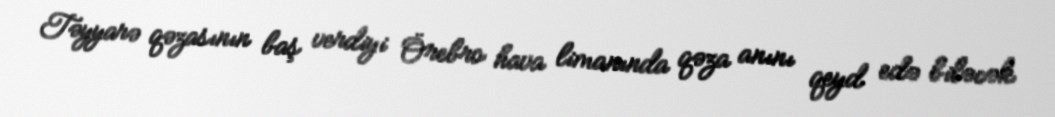
Təyyarə qəzasının baş verdiyi Örebro hava limanında qəza anını qeyd edə biləcək